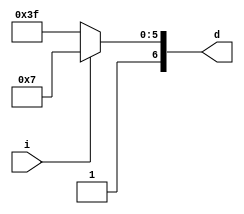
module Seven_SegmentL(i,d);
  
  parameter output_bit = 7;
  
  input i;
  output [output_bit-1:0]d;
  
  reg [output_bit-1:0]d;
  
 
  always @(*) begin
	 if(i == 1'b1) d<= 7'b100_0111;        //L
	 else d<=7'b111_1111;

    end
  endmodule